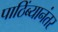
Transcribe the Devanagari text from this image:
पाठिंब्यानंतर